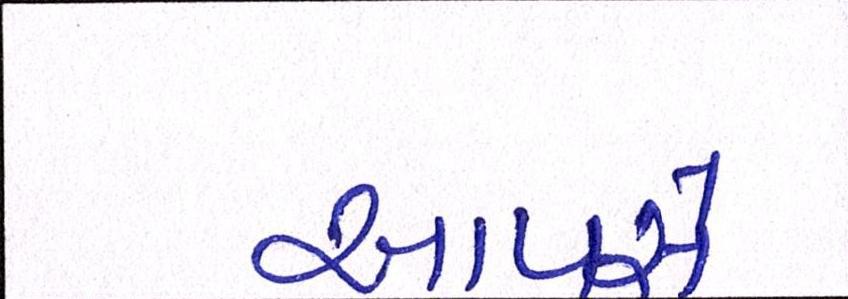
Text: આપસે